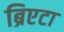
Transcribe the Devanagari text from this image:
ब्रिएटा